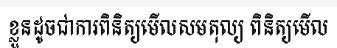
ខ្លួនដូចជាការពិនិត្យមើលសមតុល្យ ពិនិត្យមើល